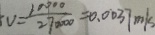
v = \frac { 1 0 0 0 0 } { 2 7 0 0 0 0 } = 0 . 0 0 3 7 m / s